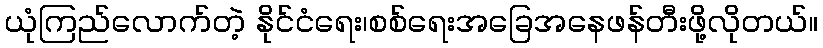
ယုံကြည်လောက်တဲ့ နိုင်ငံရေး၊စစ်ရေးအခြေအနေဖန်တီးဖို့လိုတယ်။